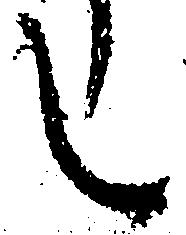
し